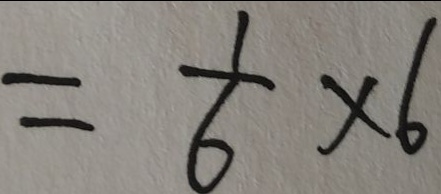
= \frac { 1 } { 6 } \times 6